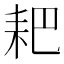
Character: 耙